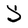
Character: S